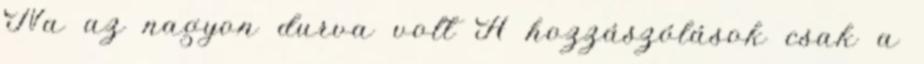
Na az nagyon durva volt A hozzászólások csak a